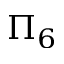
\Pi _ { 6 }